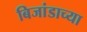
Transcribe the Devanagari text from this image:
बिजांडाच्या